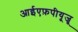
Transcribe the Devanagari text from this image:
आईएफ़पीयूजू